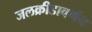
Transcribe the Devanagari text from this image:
जलक्रीडावर्णन